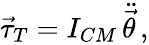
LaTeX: \begin{array}{r}{\vec{\tau}_{T}=I_{CM}\, \ddot{\vec{\theta}}\, ,}\end{array}